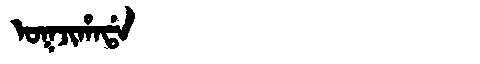
Manchu: ᠣᡴᠵᡳᡥᠠᡩᠠ
Romanization: OKJIHADA